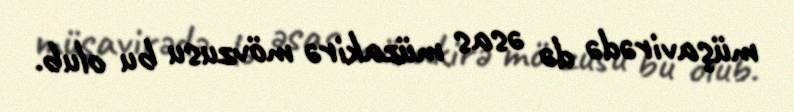
müşavirədə də əsas müzakirə mövzusu bu olub.